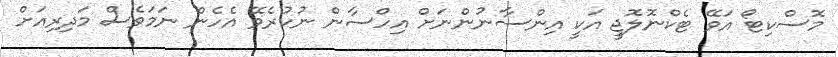
މޮސްކިޓޯ އަވޭ ޓެކްނޮލޮޖީ އަކީ އިންސާނުންނަށް އިހްސާން ނުކުރެވޭ އެހެން ނަމަވެސް މަދިރިއަށް